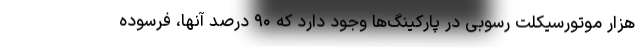
هزار موتورسیکلت رسوبی در پارکینگ‌ها وجود دارد که ۹۰ درصد آنها، فرسوده